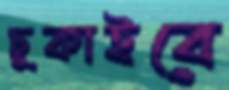
ঢুকাইবে